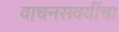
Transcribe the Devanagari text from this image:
वाचनसवयींचा